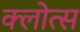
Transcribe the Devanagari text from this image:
क्लोत्स